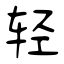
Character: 轻